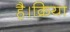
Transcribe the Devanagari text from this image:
है।क्रिया